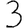
Digit: 3